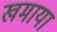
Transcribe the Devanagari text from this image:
खमाया